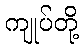
ကျုပ်တို့